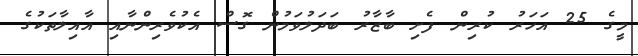
މީގެ 25 އަހަރު ކުރިން ފެށި ބާޒާރު ބަދަލުވަމުން ގޮސް އެކުވެރިންނާއި އާއިލާތަކުގެ